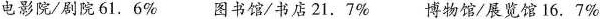
电影院/剧院61.6% 图书馆/书店21.7% 博物馆/展览馆16.7%